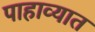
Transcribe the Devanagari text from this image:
पाहाव्यात